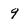
Character: 9